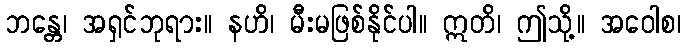
ဘန္တေ၊ အရှင်ဘုရား။ နဟိ၊ မီးမဖြစ်နိုင်ပါ။ ဣတိ၊ ဤသို့။ အဝေါစ၊